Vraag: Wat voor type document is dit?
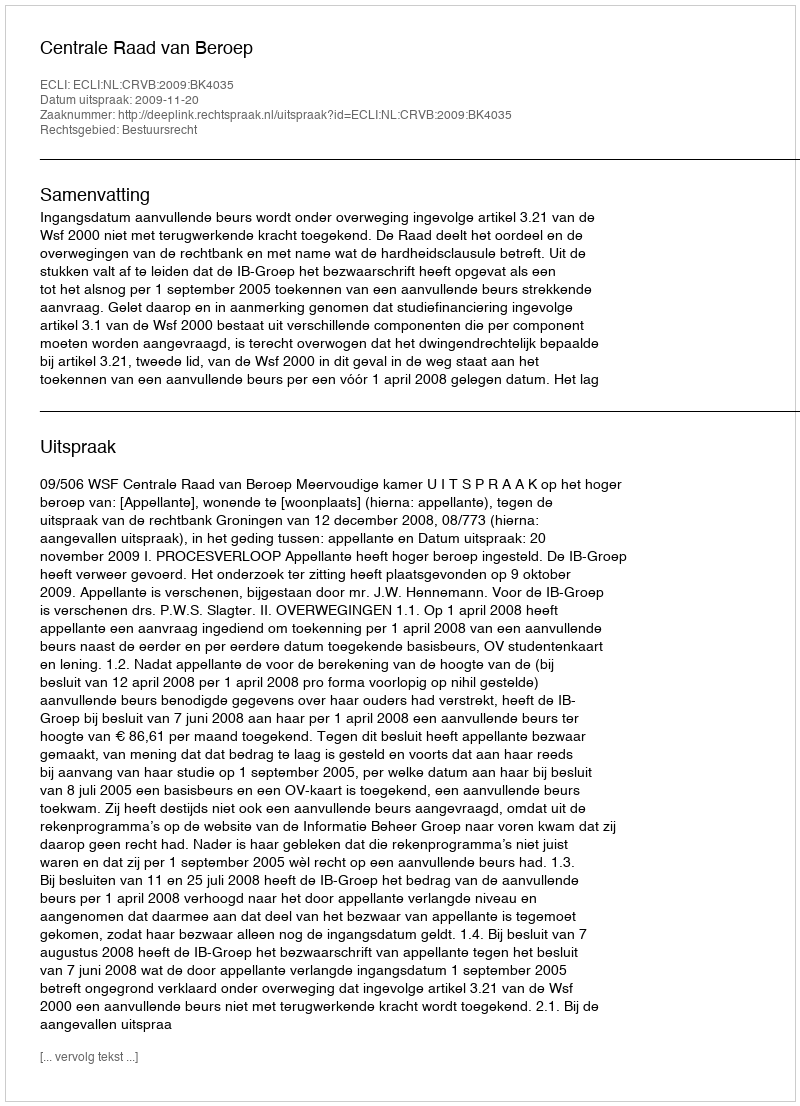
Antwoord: Uitspraak